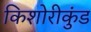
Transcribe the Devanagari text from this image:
किशोरीकुंड